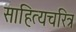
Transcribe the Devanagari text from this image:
साहित्यचरित्र